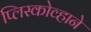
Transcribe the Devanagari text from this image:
प्लिस्कोव्हाने